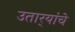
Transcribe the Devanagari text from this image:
उतार्‍यांचे